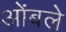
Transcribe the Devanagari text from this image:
ओंबले